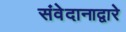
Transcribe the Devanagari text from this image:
संवेदानाद्वारे